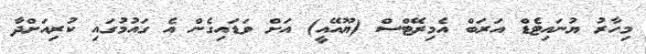
މިހާރު ޔުނައިޓެޑް އަރަބް އެމިރޭޓްސް (ޔޫއޭއީ) އަށް ވަޑައިގެން އެ ގައުމުގައި ކުރިއަށްދާ